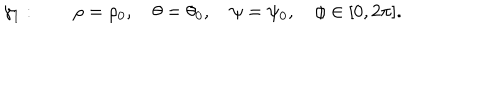
LaTeX: \gamma _ { 1 } : \quad \quad \rho = \rho _ { 0 } , \quad \theta = \theta _ { 0 } , \quad \psi = \psi _ { 0 } , \quad \phi \in [ 0 , 2 \pi ] .